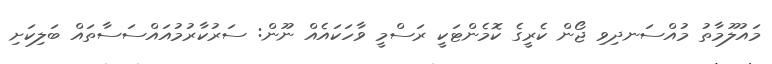
މައުލޫމާތު މުއްސަނދިވި ޖޯން ކެރީގެ ކޮމެންޓަކީ ރަސްމީ ވާހަކައެއް ނޫން: ސަރުކާރުމުއައްސަސާތައް ބަލިކަށި